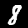
Digit: 8